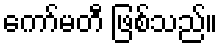
ကော်မတီ ဖြစ်သည်။